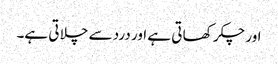
اور چکر کھا تی ہے اور درد سے چلا تی ہے۔